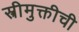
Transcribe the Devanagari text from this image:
स्त्रीमुक्तीची